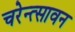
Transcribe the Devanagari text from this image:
चरेन्त्सावन